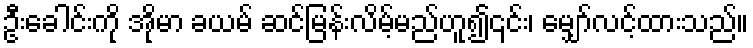
ဦးခေါင်းကို အိုမာ ခယမ် ဆင်မြန်းလိမ့်မည်ဟူ၍၎င်း၊ မျှော်လင့်ထားသည်။